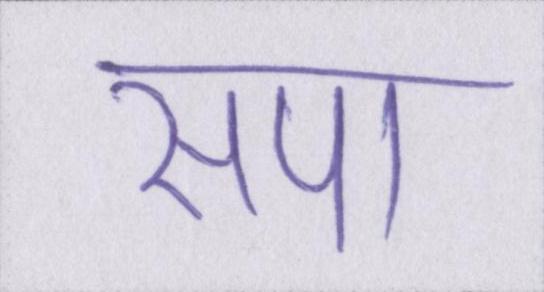
सपा